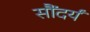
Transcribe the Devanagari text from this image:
सौंदर्यं